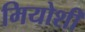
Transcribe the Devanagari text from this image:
मियोशी